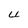
Character: U